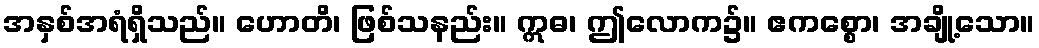
အနှစ်အရံရှိသည်။ ဟောတိ၊ ဖြစ်သနည်း။ ဣဓ၊ ဤလောက၌။ ဧကစ္စော၊ အချို့သော။